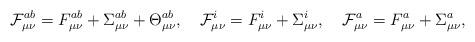
LaTeX: \begin{align*}{\cal F}_{\mu \nu }^{ab}=F_{\mu \nu }^{ab}+\Sigma _{\mu \nu }^{ab}+\Theta_{\mu \nu }^{ab},\ \ \ {\cal F}_{\mu \nu }^i=F_{\mu \nu }^i+\Sigma _{\mu \nu}^i,\ \ \ {\cal F}_{\mu \nu }^a=F_{\mu \nu }^a+\Sigma _{\mu \nu }^a,\end{align*}